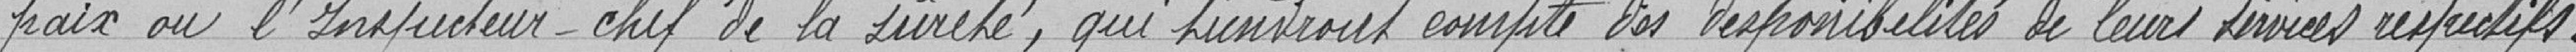
paix ou l'Inspecteur-Chef de la Sûreté qui tiendront compte des disponibilités de leurs services respectifs.